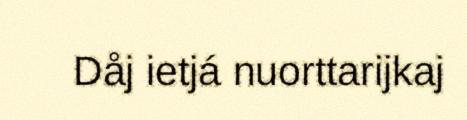
Dåj ietjá nuorttarijkaj